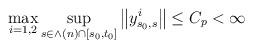
LaTeX: \begin{align*}\max_{i=1,2}\sup_{s\in \wedge \left( n\right) \cap \left[ s_{0},t_{0}\right]}\left\Vert y_{s_{0},s}^{i}\right\Vert \leq C_{p}<\infty \end{align*}